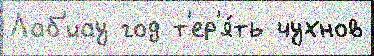
Лаб'иау год т'ер'я́ть чухнов